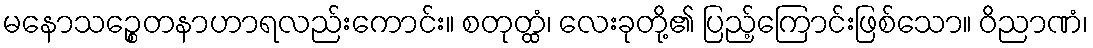
မနောသဉ္စေတနာဟာရလည်းကောင်း။ စတုတ္ထံ၊ လေးခုတို့၏ ပြည့်ကြောင်းဖြစ်သော။ ဝိညာဏံ၊